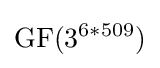
\mathrm {GF} (3^{6*509})